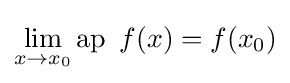
\lim _{x\rightarrow x_{0}}\operatorname {ap} \ f(x)=f(x_{0})